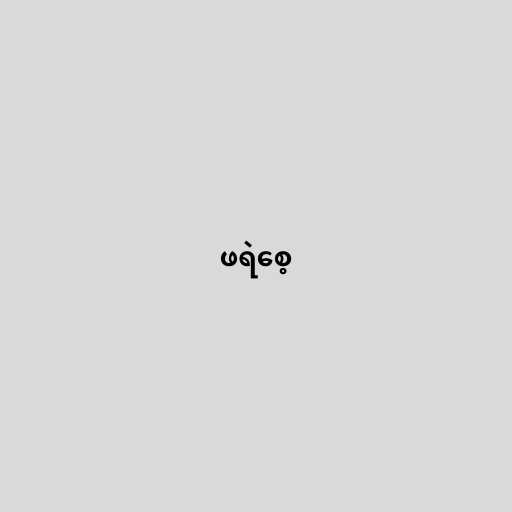
ဖရဲစေ့